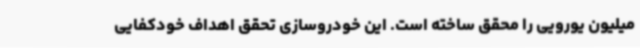
میلیون یورویی را محقق ساخته است. این خودروسازی تحقق اهداف خودکفایی